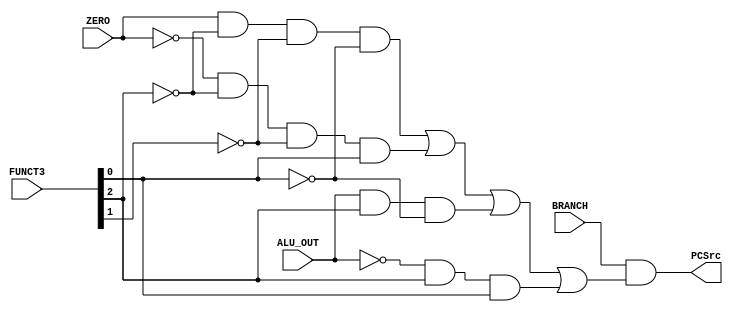
module branch_control(input ZERO, ALU_OUT, BRANCH,
                      input [2:0] FUNCT3,
                      output PCSrc);

wire beq; assign beq = ZERO & (~FUNCT3[2]) & (~FUNCT3[1]) & (~FUNCT3[0]);
wire bne; assign bne = (~ZERO) & (~FUNCT3[2]) & (~FUNCT3[1]) & FUNCT3[0];
wire blt; assign blt = ALU_OUT & FUNCT3[2] & (~FUNCT3[0]);
wire bge; assign bge = (~ALU_OUT) & FUNCT3[2] & FUNCT3[0];

assign PCSrc = BRANCH & (beq|bne|blt|bge); 

endmodule